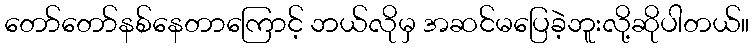
တော်တော်နစ်နေတာကြောင့် ဘယ်လိုမှ အဆင်မပြေခဲ့ဘူးလို့ဆိုပါတယ်။